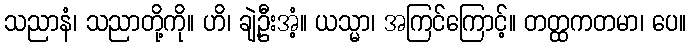
သညာနံ၊ သညာတို့ကို။ ဟိ၊ ချဲ့ဦးအံ့။ ယသ္မာ၊ အကြင်ကြောင့်။ တတ္ထကတမာ၊ ပေ။